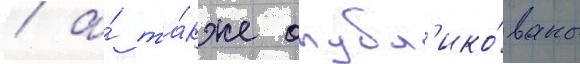
/ а́ та́кже опубл'ико́ваны